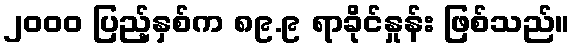
၂၀၀၀ ပြည့်နှစ်က ၈၉.၉ ရာခိုင်နှုန်း ဖြစ်သည်။